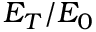
E _ { T } / E _ { 0 }